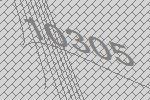
10305